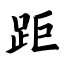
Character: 距